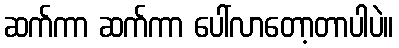
ဆက်ကာ ဆက်ကာ ပေါ်လာတော့တာပါပဲ။